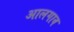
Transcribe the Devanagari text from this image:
आलगाव